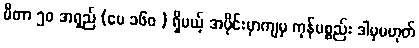
မီတာ ၅၀ အရှည် (ပေ ၁၆၀ ) ရှိမယ့် အပိုင်းမှာကျမှ ကုန်ပစ္စည်း ဒါမှမဟုတ်